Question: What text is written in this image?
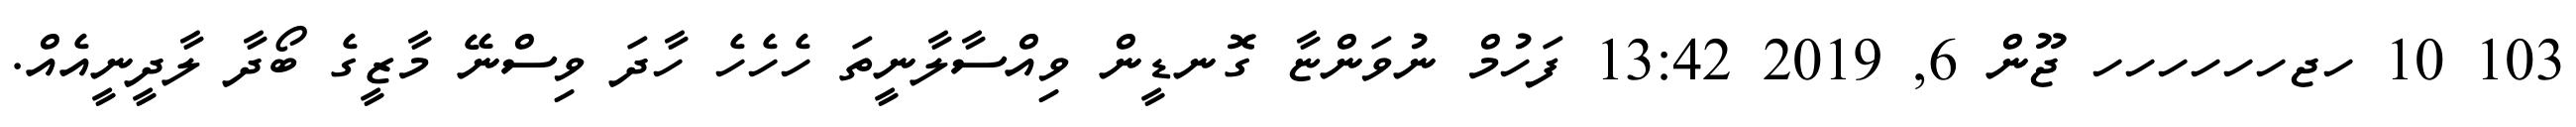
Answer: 103 10 ހޖހހހހހހ ޖޫން 6, 2019 13:42 ފަހުމް ނުވަންޏާ ގޮނޑީން ވިއްސާލާނީތަ ހެހެހެ ހާދަ ވިސްނޭ މާޒީގެ ބޯދާ ލާދީނީއެއް.